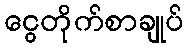
ငွေတိုက်စာချုပ်